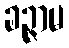
ခဉ္ဇာမ